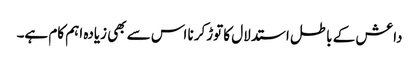
داعش کے باطل استدلال کا توڑکرنا اس سے بھی زیادہ اہم کام ہے۔